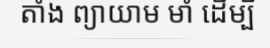
តាំង ព្យាយាម មាំ ដើម្បី